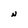
Character: N